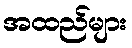
အထည်များ